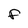
Character: F